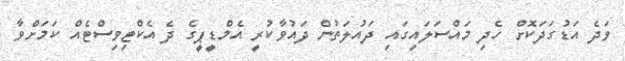
ވަދެ އަޑުގަދަކޮށް ހެދި މައްސަލައިގައި ދައުލަތުން ދައުވާކުރީ އެމްޑީޕީގެ ދެ އެކްޓިވިސްޓެއް ކަމަށްވާ